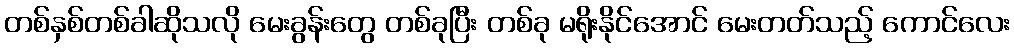
တစ်နှစ်တစ်ခါဆိုသလို မေးခွန်းတွေ တစ်ခုပြီး တစ်ခု မရိုးနိုင်အောင် မေးတတ်သည့် ကောင်လေး